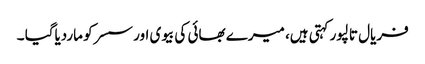
فریال تالپور کہتی ہیں، میرے بھائی کی بیوی اور سسرکو ماردیاگیا ۔